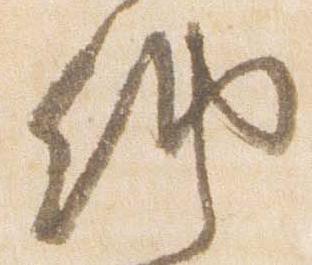
納